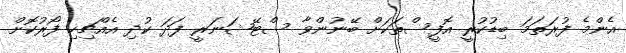
އެންމެ ފުރަތަމަ ބިޑުކުރީ އޮފީސްތަކަށް ބޭނުންވާ ސްޓޭޝަނަރީ ފަދަ ކުދި އެއްޗިހި ފޯރުކޮށް